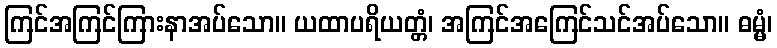
ကြင်အကြင်ကြားနာအပ်သော။ ယထာပရိယတ္တံ၊ အကြင်အကြေင်သင်အပ်သော။ ဓမ္မံ၊